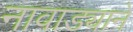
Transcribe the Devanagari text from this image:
नावाड्याने